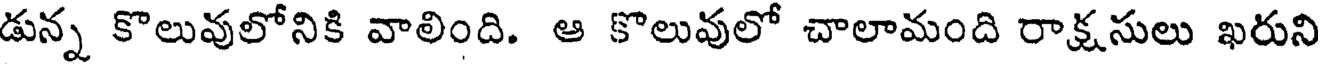
డున్న కొలువులోనికి వాలింది. ఆ కొలువులో చాలామంది రాక్షసులు ఖరుని